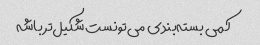
کمی بسته‌بندی می‌تونست شکیل‌تر باشه